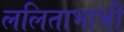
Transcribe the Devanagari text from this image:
ललिताभाभी